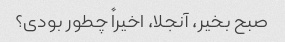
صبح بخیر، آنجلا، اخیراً چطور بودی؟